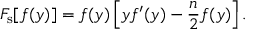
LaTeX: F _ { \mathrm { s } } [ f ( y ) ] = f ( y ) \left[ y f ^ { \prime } ( y ) - \frac { n } { 2 } f ( y ) \right] .